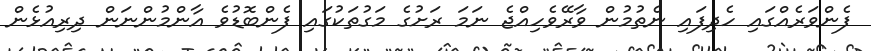
ފެންވަރެއްގައި ހެދިފައި ނެތުމުން ވާރޭވެހިއްޖެ ނަމަ ރަށުގެ މަގުތަކުގައި ފެންބޮޑުވެ އާންމުންނަން ދިރިއުޅެން